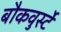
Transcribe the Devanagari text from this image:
बौकवुर्स्टे